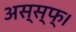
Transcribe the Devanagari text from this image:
अस्स्फ्।